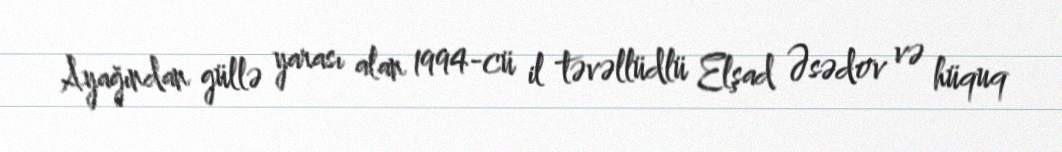
Ayağından güllə yarası alan 1994-cü il təvəllüdlü Elşad Əsədov və hüquq